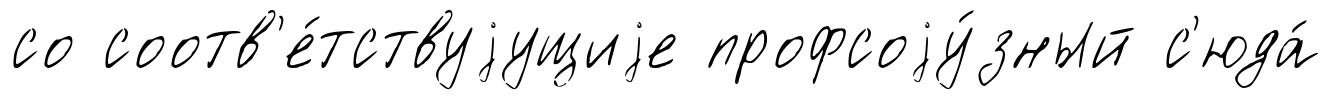
со соотв'е́тствуjущиjе профсоjу́зный с'юда́